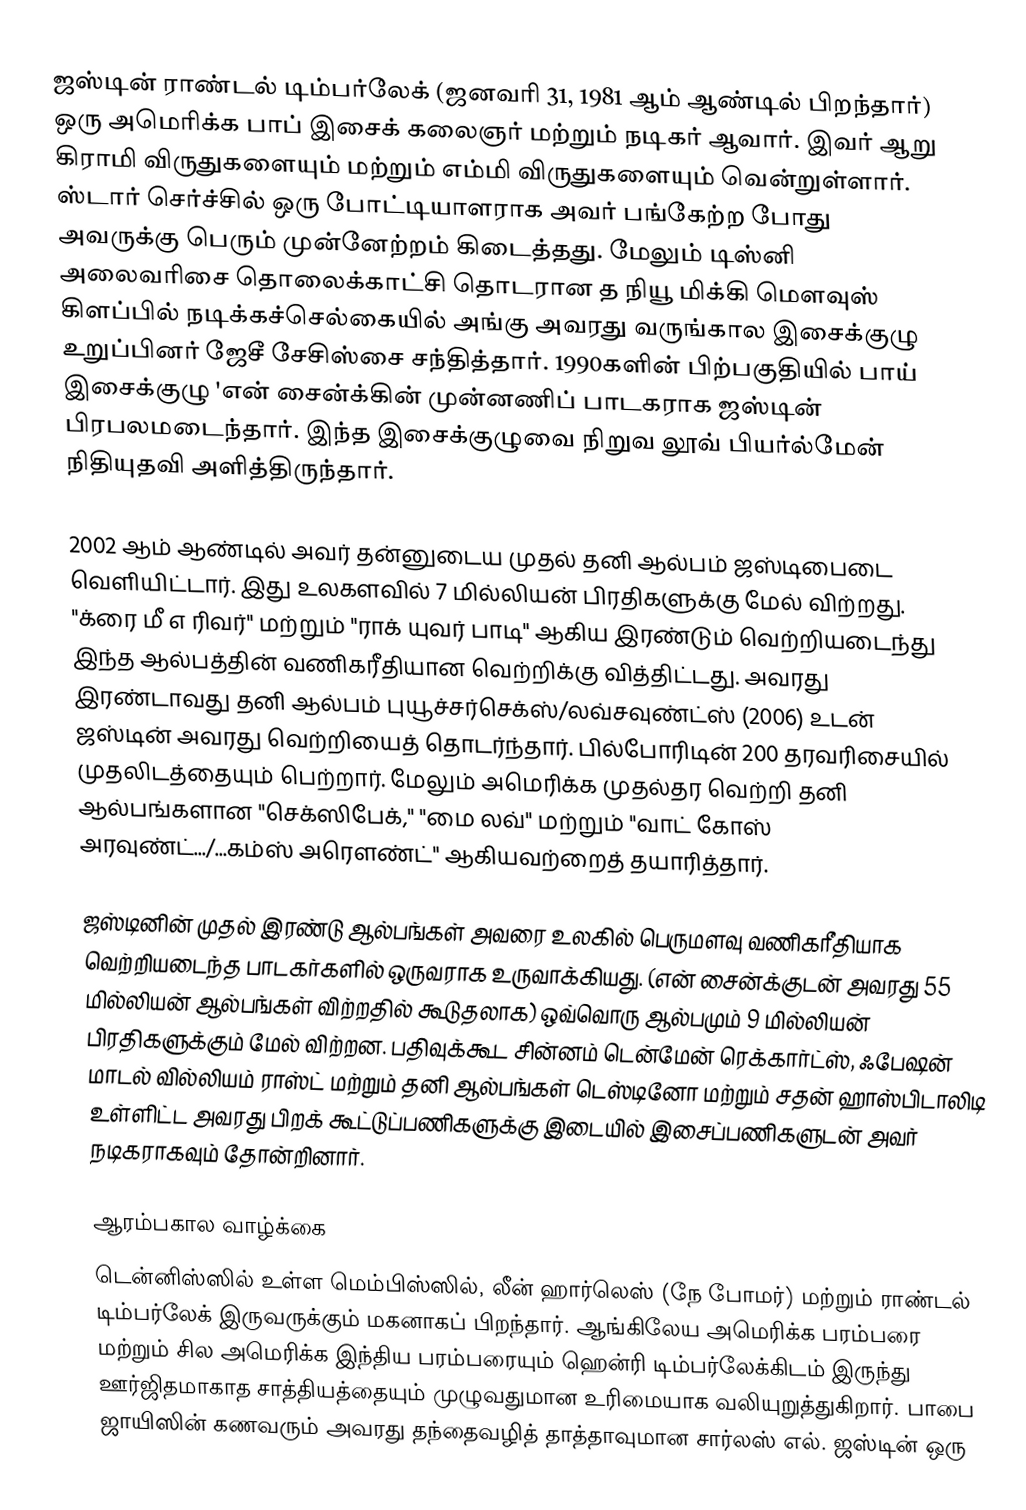
ஜஸ்டின் ராண்டல் டிம்பர்லேக் (ஜனவரி 31, 1981 ஆம் ஆண்டில் பிறந்தார்) ஒரு அமெரிக்க பாப் இசைக் கலைஞர் மற்றும் நடிகர் ஆவார். இவர் ஆறு கிராமி விருதுகளையும் மற்றும் எம்மி விருதுகளையும் வென்றுள்ளார். ஸ்டார் செர்ச்சில் ஒரு போட்டியாளராக அவர் பங்கேற்ற போது அவருக்கு பெரும் முன்னேற்றம் கிடைத்தது. மேலும் டிஸ்னி அலைவரிசை தொலைக்காட்சி தொடரான த நியூ மிக்கி மெளவுஸ் கிளப்பில் நடிக்கச்செல்கையில் அங்கு அவரது வருங்கால இசைக்குழு உறுப்பினர் ஜேசீ சேசிஸ்சை சந்தித்தார். 1990களின் பிற்பகுதியில் பாய் இசைக்குழு 'என் சைன்க்கின் முன்னணிப் பாடகராக ஜஸ்டின் பிரபலமடைந்தார். இந்த இசைக்குழுவை நிறுவ லூவ் பியர்ல்மேன் நிதியுதவி அளித்திருந்தார்.

2002 ஆம் ஆண்டில் அவர் தன்னுடைய முதல் தனி ஆல்பம் ஜஸ்டிபைடை வெளியிட்டார். இது உலகளவில் 7 மில்லியன் பிரதிகளுக்கு மேல் விற்றது. "க்ரை மீ எ ரிவர்" மற்றும் "ராக் யுவர் பாடி" ஆகிய இரண்டும் வெற்றியடைந்து இந்த ஆல்பத்தின் வணிகரீதியான வெற்றிக்கு வித்திட்டது. அவரது இரண்டாவது தனி ஆல்பம் புயூச்சர்செக்ஸ்/லவ்சவுண்ட்ஸ் (2006) உடன் ஜஸ்டின் அவரது வெற்றியைத் தொடர்ந்தார். பில்போரிடின் 200 தரவரிசையில் முதலிடத்தையும் பெற்றார். மேலும் அமெரிக்க முதல்தர வெற்றி தனி ஆல்பங்களான "செக்ஸிபேக்," "மை லவ்" மற்றும் "வாட் கோஸ் அரவுண்ட்.../...கம்ஸ் அரெளண்ட்" ஆகியவற்றைத் தயாரித்தார்.

ஜஸ்டினின் முதல் இரண்டு ஆல்பங்கள் அவரை உலகில் பெருமளவு வணிகரீதியாக வெற்றியடைந்த பாடகர்களில் ஒருவராக உருவாக்கியது. (என் சைன்க்குடன் அவரது 55 மில்லியன் ஆல்பங்கள் விற்றதில் கூடுதலாக) ஒவ்வொரு ஆல்பமும் 9 மில்லியன் பிரதிகளுக்கும் மேல் விற்றன. பதிவுக்கூட சின்னம் டென்மேன் ரெக்கார்ட்ஸ், ஃபேஷன் மாடல் வில்லியம் ராஸ்ட் மற்றும் தனி ஆல்பங்கள் டெஸ்டினோ மற்றும் சதன் ஹாஸ்பிடாலிடி உள்ளிட்ட அவரது பிறக் கூட்டுப்பணிகளுக்கு இடையில் இசைப்பணிகளுடன் அவர் நடிகராகவும் தோன்றினார்.

ஆரம்பகால வாழ்க்கை
டென்னிஸ்ஸில் உள்ள மெம்பிஸ்ஸில், லீன் ஹார்லெஸ் (நே போமர்) மற்றும் ராண்டல் டிம்பர்லேக் இருவருக்கும் மகனாகப் பிறந்தார். ஆங்கிலேய அமெரிக்க பரம்பரை மற்றும் சில அமெரிக்க இந்திய பரம்பரையும் ஹென்ரி டிம்பர்லேக்கிடம் இருந்து ஊர்ஜிதமாகாத சாத்தியத்தையும் முழுவதுமான உரிமையாக வலியுறுத்துகிறார். பாபை ஜாயிஸின் கணவரும் அவரது தந்தைவழித் தாத்தாவுமான சார்லஸ் எல். ஜஸ்டின் ஒரு